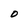
Character: 0